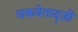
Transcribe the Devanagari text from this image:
चकवेताद्ज़ी